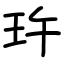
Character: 玝